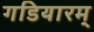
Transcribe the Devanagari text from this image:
गडियारम्